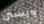
ويستن